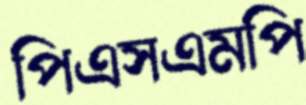
পিএসএমপি